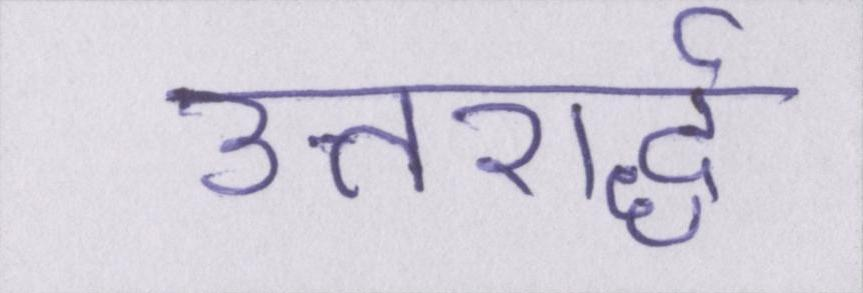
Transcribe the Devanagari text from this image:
उत्तरार्द्ध